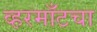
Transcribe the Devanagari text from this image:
व्हरमाँटचा